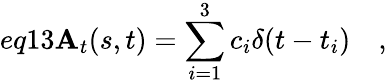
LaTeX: eq13\mathbf{A}_{t}(s,t)=\sum_{i=1}^{3}c_{i}\delta(t-t_{i})\quad,